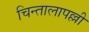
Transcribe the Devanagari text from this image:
चिन्तालापल्ली